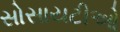
સોસાયટીઓ